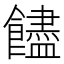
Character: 𩟝